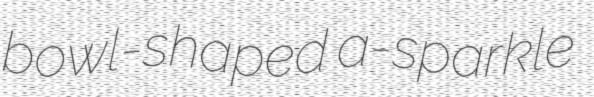
bowl-shaped a-sparkle